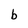
Character: b